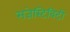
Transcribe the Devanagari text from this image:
सजेस्टिबिटी